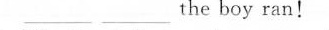
___ ___ the boy ran!